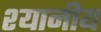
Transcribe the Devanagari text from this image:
श्यानीय